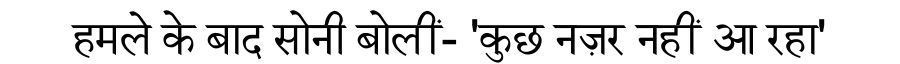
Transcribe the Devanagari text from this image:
हमले के बाद सोनी बोलीं- 'कुछ नज़र नहीं आ रहा'